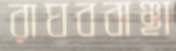
রাঘববাঞ্ছা